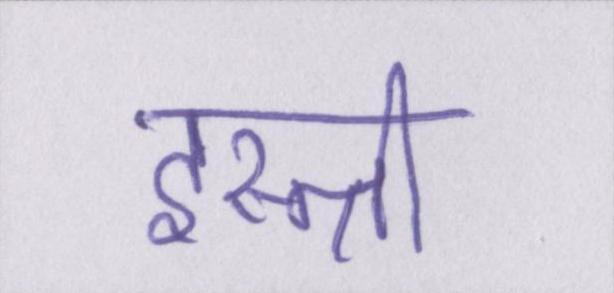
इस्त्री